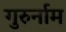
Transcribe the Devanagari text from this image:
गुरुर्नाम